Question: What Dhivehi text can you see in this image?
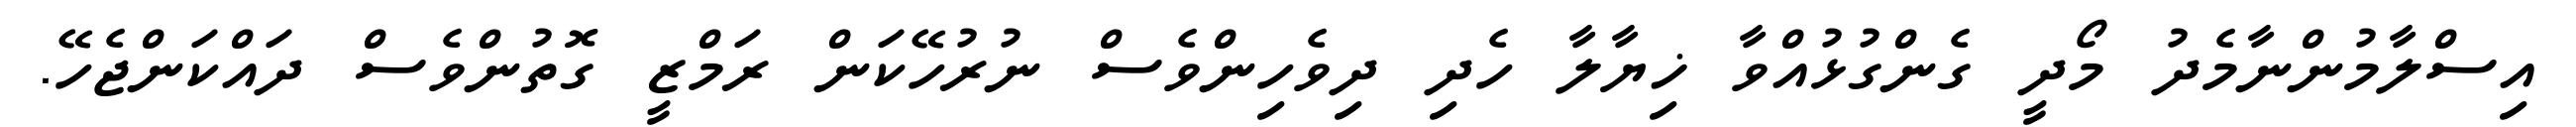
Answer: އިސްލާމުންނާމެދު މޯދީ ގެންގުޅުއްވާ ޚިޔާލާ ހެދި ދިވެހިންވެސް ނުރުހޭކަން ރަމްޒީ ގޮތުންވެސް ދައްކަންޖެހޭ.